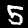
Digit: 5